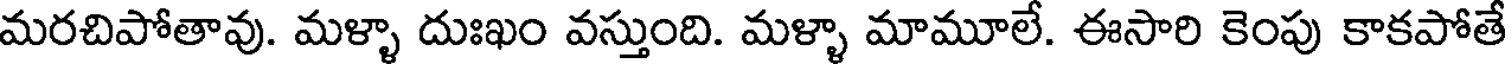
మరచిపోతావు. మళ్ళా దుఃఖం వస్తుంది. మళ్ళా మామూలే. ఈసారి కెంపు కాకపోతే